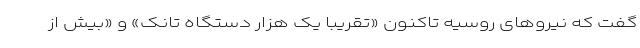
گفت که نیروهای روسیه تاکنون «تقریبا یک هزار دستگاه تانک» و «بیش از